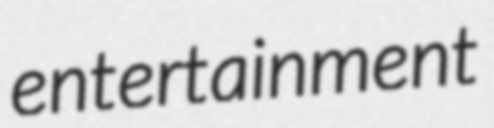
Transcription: entertainment